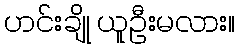
ဟင်းချို ယူဦးမလား။